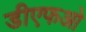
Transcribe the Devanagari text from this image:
डीएफओ